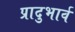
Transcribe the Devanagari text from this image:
प्रादुभार्व